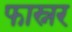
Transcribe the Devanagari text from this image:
फास्नर